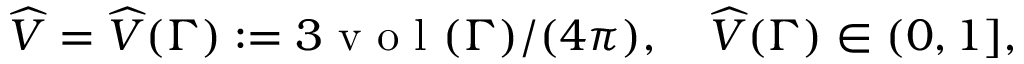
\widehat V = \widehat V ( \Gamma ) : = 3 \mathrm { ~ v ~ o ~ l ~ } ( \Gamma ) / ( 4 \pi ) , \quad \widehat V ( \Gamma ) \in ( 0 , 1 ] ,